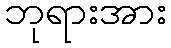
ဘုရားအား